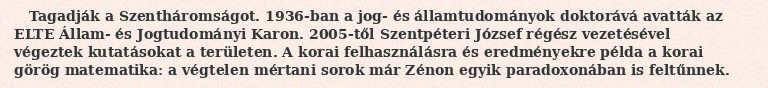
Tagadják a Szentháromságot. 1936-ban a jog- és államtudományok doktorává avatták az ELTE Állam- és Jogtudományi Karon. 2005-től Szentpéteri József régész vezetésével végeztek kutatásokat a területen. A korai felhasználásra és eredményekre példa a korai görög matematika: a végtelen mértani sorok már Zénon egyik paradoxonában is feltűnnek.